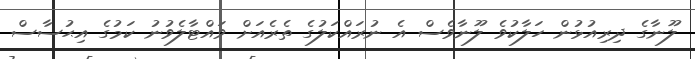
ލޫނާގެ ދިރިއުޅުން ހަލާކުވެ ލޫނާވެސް އެ ނުރައްކަލުގެ ތެރެއަށް ވައްޓާލެވުނު ކަމުގެ އިޙުސާސް